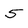
Character: 5